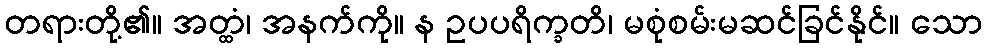
တရားတို့၏။ အတ္ထံ၊ အနက်ကို။ န ဥပပရိက္ခတိ၊ မစုံစမ်းမဆင်ခြင်နိုင်။ သော